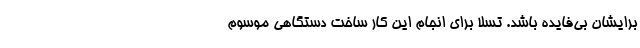
برایشان بی‌فایده باشد. تسلا برای انجام این کار ساخت دستگاهی موسوم